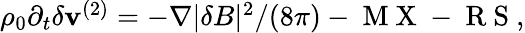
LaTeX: \begin{array}{r}{\rho_{0}\partial_{t}\delta\mathbf{v}^{(2)}=-\nabla\lvert\delta B\rvert^{2}/(8\pi)-\mathrm{~M~X~}-\mathrm{~R~S~},}\end{array}